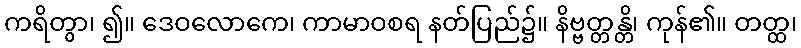
ကရိတွာ၊ ၍။ ဒေဝလောကေ၊ ကာမာဝစရ နတ်ပြည်၌။ နိဗ္ဗတ္တန္တိ၊ ကုန်၏။ တတ္ထ၊